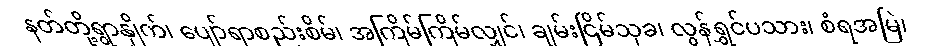
နတ်တို့ရွာနှိုက်၊ ပျော်ရာစည်းစိမ်၊ အကြိမ်ကြိမ်လျှင်၊ ချမ်းငြိမ်သုခ၊ လွန်ရွှင်ပသား၊ စံရအမြဲ၊